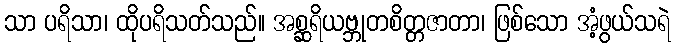
သာ ပရိသာ၊ ထိုပရိသတ်သည်။ အစ္ဆရိယဗ္ဘုတစိတ္တဇာတာ၊ ဖြစ်သော အံ့ဖွယ်သရဲ